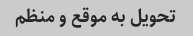
تحویل به موقع و منظم